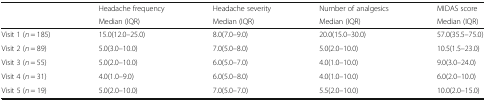
| <ROWSPAN=2>  | Headache frequency | Headache severity | Number of analgesics | MIDAS score |
 | Median (IQR) | Median (IQR) | Median (IQR) | Median (IQR) |
 | --- | --- | --- | --- | --- |
 | Visit 1 (n = 185) | 15.0(12.0–25.0) | 8.0(7.0–9.0) | 20.0(15.0–30.0) | 57.0(35.5–75.0) |
 | Visit 2 (n = 89) | 5.0(3.0–10.0) | 7.0(5.0–8.0) | 5.0(2.0–10.0) | 10.5(1.5–23.0) |
 | Visit 3 (n = 55) | 5.0(2.0–10.0) | 6.0(5.0–7.0) | 4.0(1.0–10.0) | 9.0(3.0–24.0) |
 | Visit 4 (n = 31) | 4.0(1.0–9.0) | 6.0(5.0–8.0) | 4.0(1.0–10.0) | 6.0(2.0–10.0) |
 | Visit 5 (n = 19) | 5.0(2.0–10.0) | 7.0(5.0–7.0) | 5.5(2.0–10.0) | 10.0(2.0–15.0) |